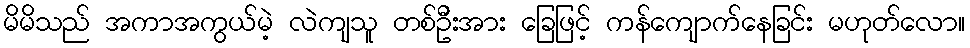
မိမိသည် အကာအကွယ်မဲ့ လဲကျသူ တစ်ဦးအား ခြေဖြင့် ကန်ကျောက်နေခြင်း မဟုတ်လော။